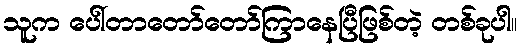
သူက ပေါ်တာတော်တော်ကြာနေပြီဖြစ်တဲ့ တစ်ခုပါ။